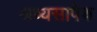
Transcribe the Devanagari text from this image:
श्रव्यसापेक्ष